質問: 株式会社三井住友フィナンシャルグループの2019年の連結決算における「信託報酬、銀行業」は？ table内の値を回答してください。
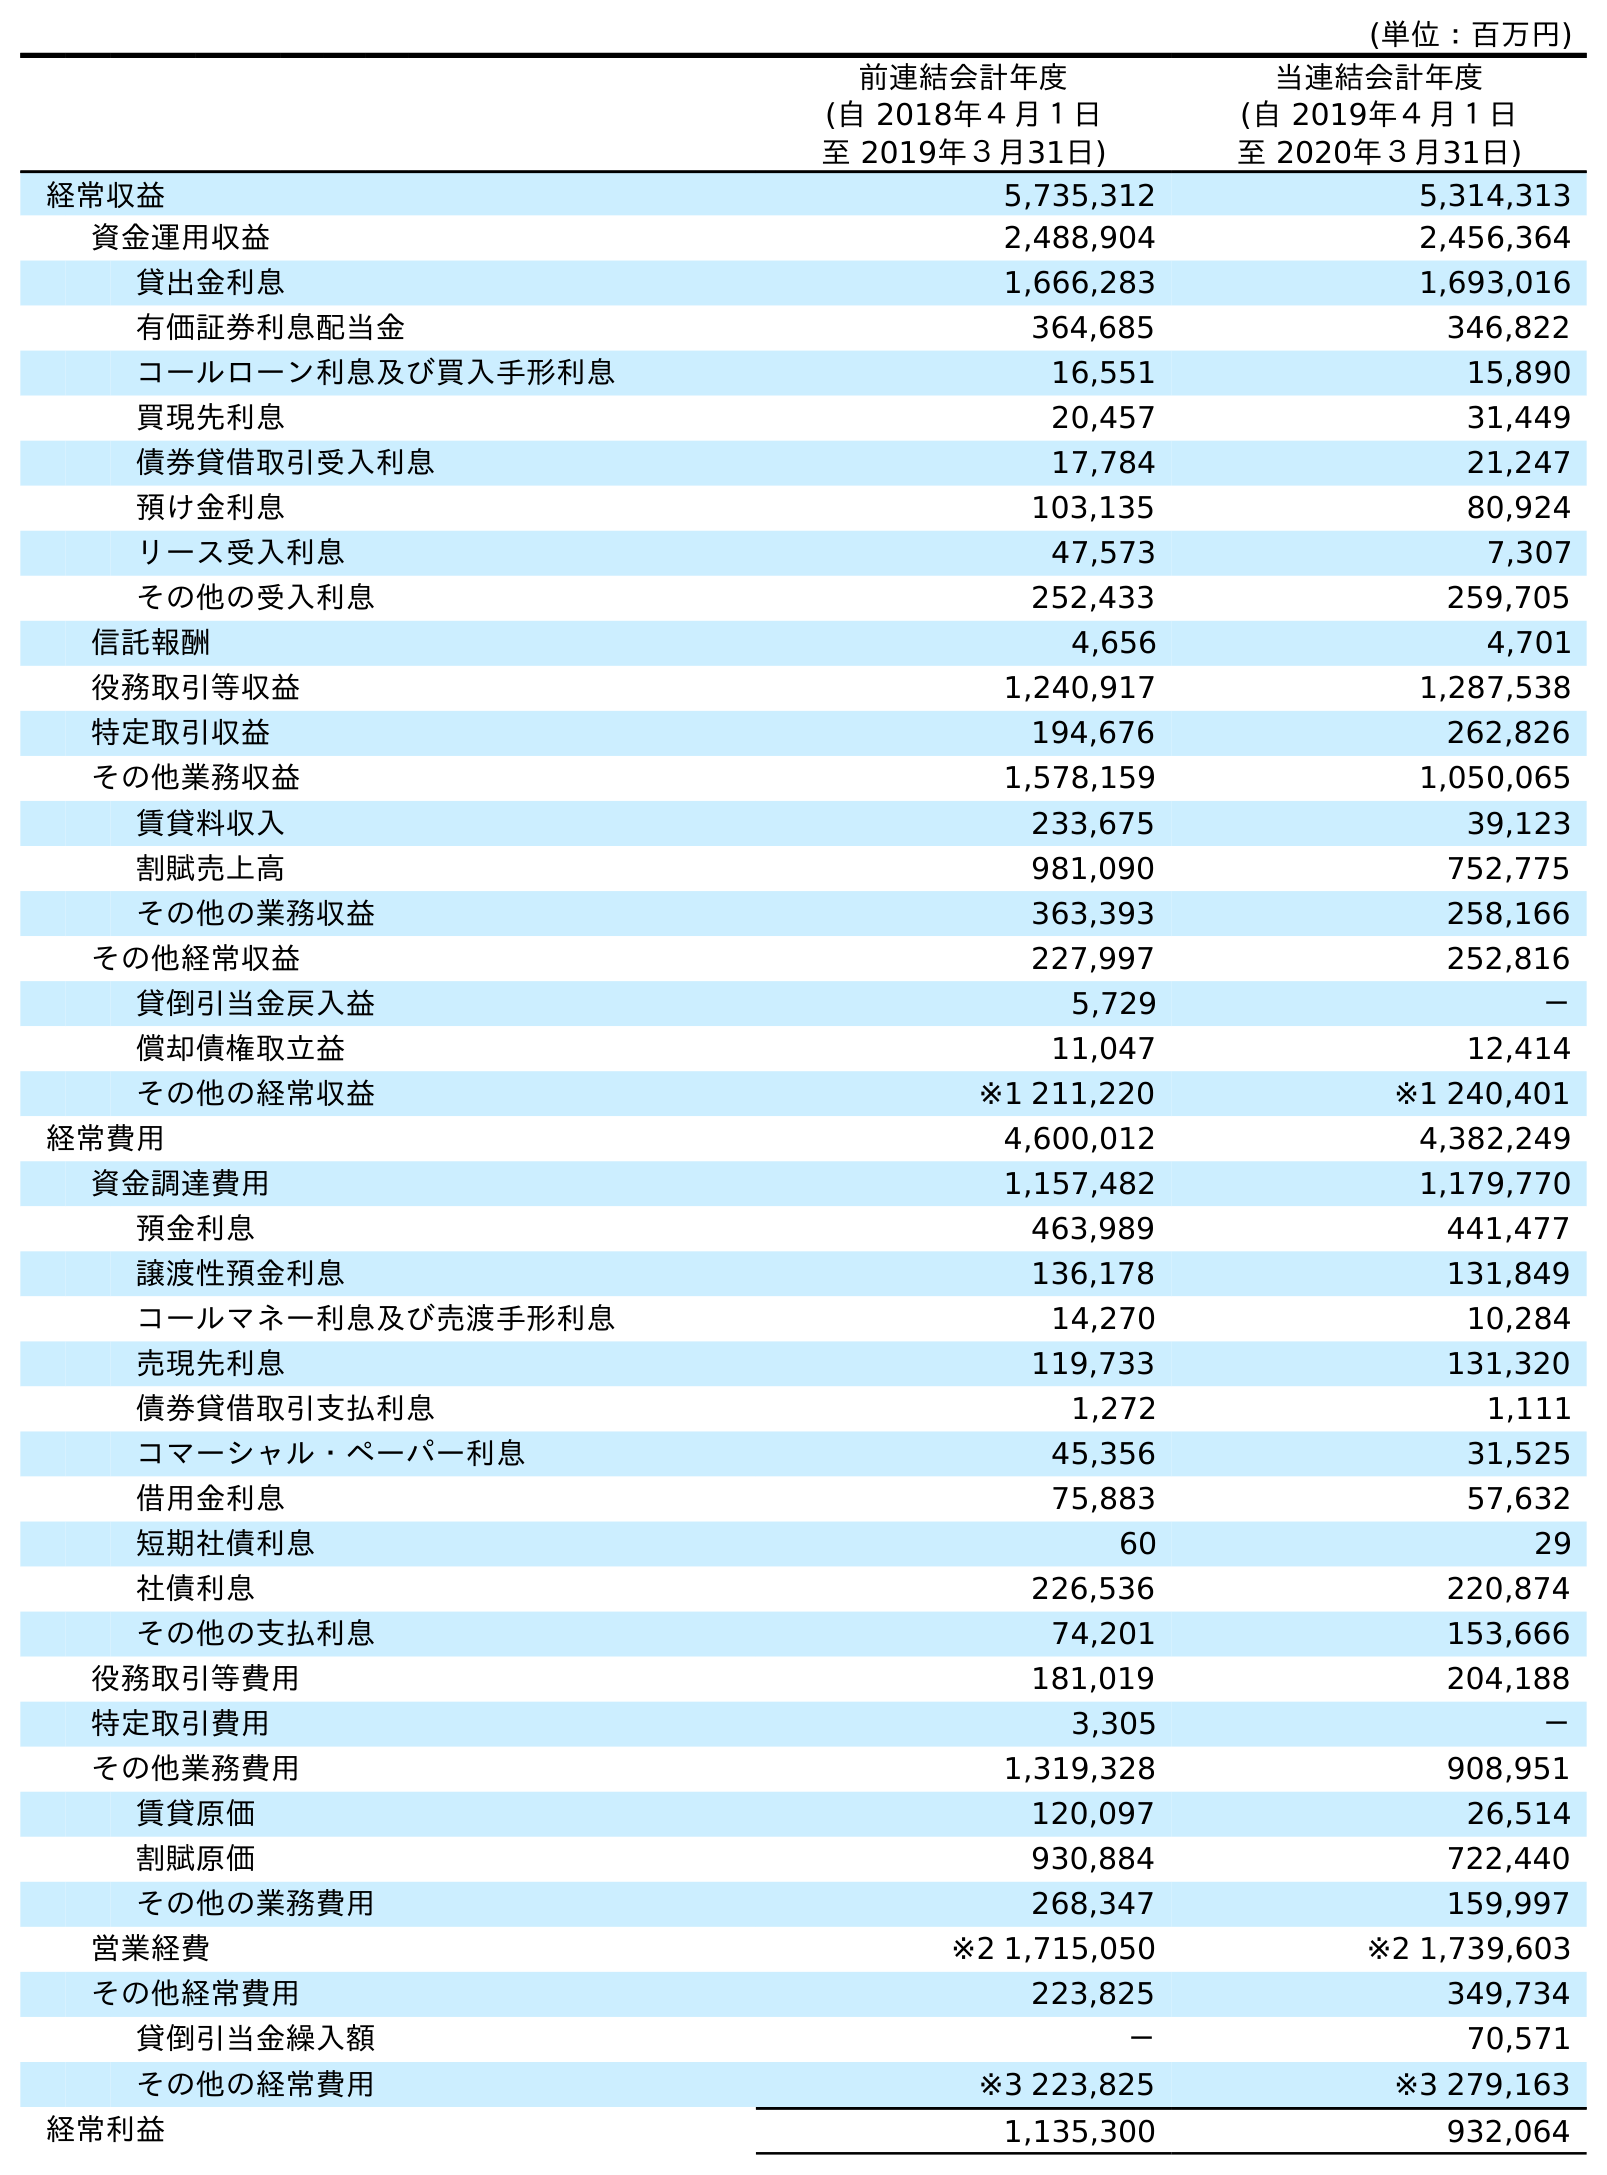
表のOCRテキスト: (単位：百万円) 前連結会計年度 (自 2018年４月１日 至 2019年３月31日) 当連結会計年度 (自 2019年４月１日 至 2020年３月31日) 経常収益 5,735,312 5,314,313 資金運用収益 2,488,904 2,456,364 貸出金利息 1,666,283 1,693,016 有価証券利息配当金 364,685 346,822 コールローン利息及び買入手形利息 16,551 15,890 買現先利息 20,457 31,449 債券貸借取引受入利息 17,784 21,247 預け金利息 103,135 80,924 リース受入利息 47,573 7,307 その他の受入利息 252,433 259,705 信託報酬 4,656 4,701 役務取引等収益 1,240,917 1,287,538 特定取引収益 194,676 262,826 その他業務収益 1,578,159 1,050,065 賃貸料収入 233,675 39,123 割賦売上高 981,090 752,775 その他の業務収益 363,393 258,166 その他経常収益 227,997 252,816 貸倒引当金戻入益 5,729 － 償却債権取立益 11,047 12,414 その他の経常収益 ※1 211,220 ※1 240,401 経常費用 4,600,012 4,382,249 資金調達費用 1,157,482 1,179,770 預金利息 463,989 441,477 譲渡性預金利息 136,178 131,849 コールマネー利息及び売渡手形利息 14,270 10,284 売現先利息 119,733 131,320 債券貸借取引支払利息 1,272 1,111 コマーシャル・ペーパー利息 45,356 31,525 借用金利息 75,883 57,632 短期社債利息 60 29 社債利息 226,536 220,874 その他の支払利息 74,201 153,666 役務取引等費用 181,019 204,188 特定取引費用 3,305 － その他業務費用 1,319,328 908,951 賃貸原価 120,097 26,514 割賦原価 930,884 722,440 その他の業務費用 268,347 159,997 営業経費 ※2 1,715,050 ※2 1,739,603 その他経常費用 223,825 349,734 貸倒引当金繰入額 － 70,571 その他の経常費用 ※3 223,825 ※3 279,163 経常利益 1,135,300 932,064
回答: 4,656